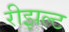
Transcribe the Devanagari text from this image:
रीझल्ट